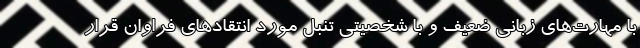
با مهارت‌های زبانی ضعیف و با شخصیتی تنبل مورد انتقادهای فراوان قرار